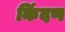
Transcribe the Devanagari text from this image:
किंदण